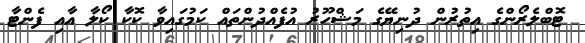
ޓޮބްލެރޯންގެ އިތުރުން ދުނިޔޭގެ މަޝްހޫރު އުފެއްދުންތައް ކަމުގައިވާ ކޮކާ ކޯލާ އާއި ފެންޓާ